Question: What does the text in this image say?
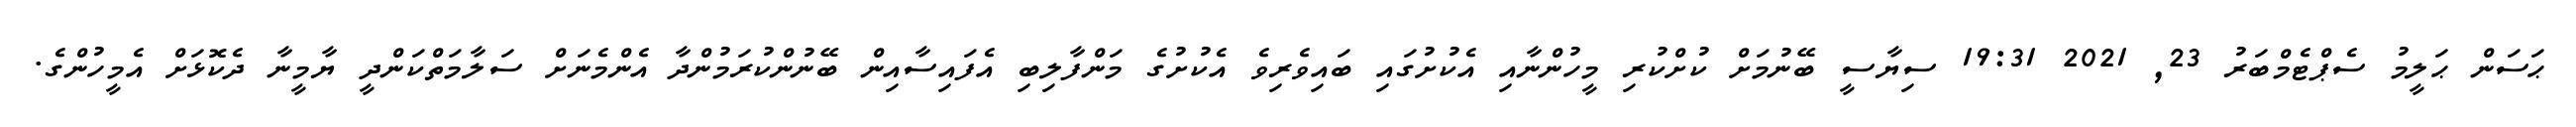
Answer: ޙަސަން ޙަލީމު ސެޕްޓެމްބަރު 23, 2021 19:31 ސިޔާސީ ބޭނުމަށް ކުށްކުރި މީހުންނާއި އެކުށުގައި ބައިވެރިވެ އެކުށުގެ މަންފާލިބި އެފައިސާއިން ބޭނުންކުރަމުންދާ އެންމެނަށް ސަލާމަތްކަންދީ ޔާމީނާ ދެކޮޅަށް އެމީހުންގެ.